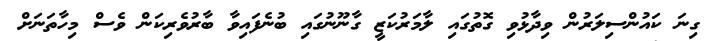
ގިނަ ކައުންސިލަރުން ވިދާޅުވި ގޮތުގައި ލާމަރުކަޒީ ގާނޫނުގައި ބުނެފައިވާ ބާރުވެރިކަން ވެސް މިހާތަނަށް